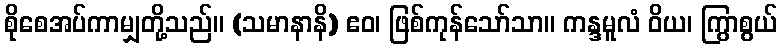
စိုစေအပ်ကာမျှတို့သည်။ (သမာနာနိ) ဧဝ၊ ဖြစ်ကုန်သော်သာ။ ကန္ဒမူလံ ဝိယ၊ ကြွာစွယ်